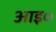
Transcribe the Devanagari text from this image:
आइ०